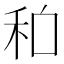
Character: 𱵽